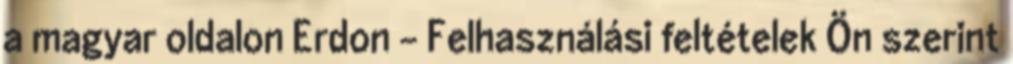
a magyar oldalon Erdon – Felhasználási feltételek Ön szerint